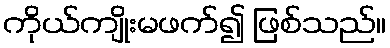
ကိုယ်ကျိုးမဖက်၍ ဖြစ်သည်။